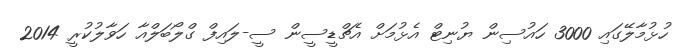
ހުޅުމާލޭގައި 3000 ހައުސިން ޔުނިޓް އެޅުމަށް އެޗްޑީސީން ސީ-ލައިފް ގްލޯބަލްއާ ހަވާލުކުުރީ 2014